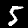
Label: 5